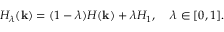
H _ { \lambda } ( \mathbf k ) = ( 1 - \lambda ) H ( \mathbf k ) + \lambda H _ { 1 } , \; \; \; \; \lambda \in [ 0 , 1 ] .